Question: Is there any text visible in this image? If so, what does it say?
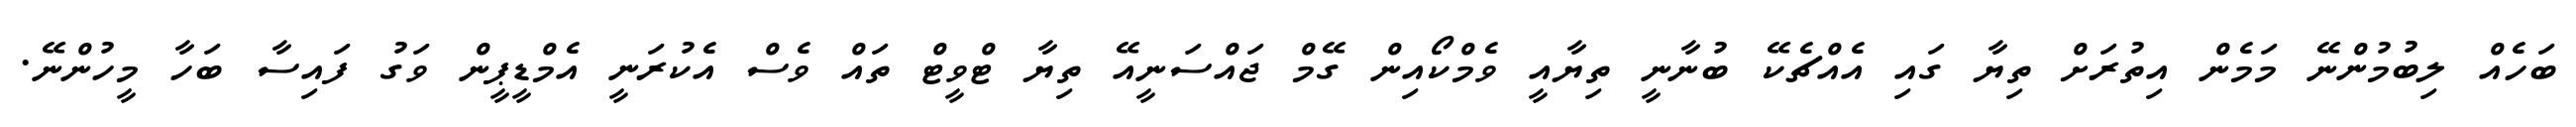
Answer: ބަހެއް ލިބުމުންނޭ މަމެން އިތުރަށް ތިޔާ ގައި އެއްޗެކޭ ބުނާނީ ތިޔާއީ ވެމްކޯއިން ގޭމް ޖައްސަނީއޭ ތިޔާ ޓްވީޓް ތައް ވެސް އެކުރަނީ އެމްޑީޕީން ވަގު ފައިސާ ބަހާ މީހުންނޭ.